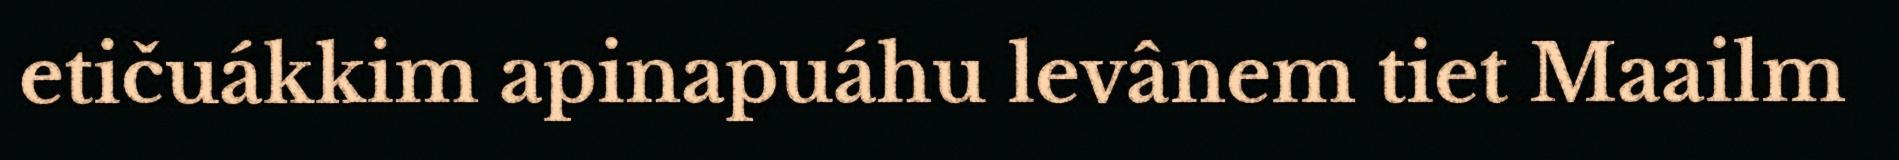
etičuákkim apinapuáhu levânem tiet Maailm